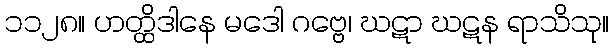
၁၁၂၈။ ဟတ္ထိဒါနေ မဒေါ ဂဗ္ဗေ၊ ဃဋာ ဃဋန ရာသိသု။